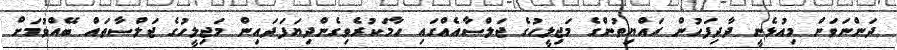
ދަންނަވަން މިއުޅެނީ ދާދިފަހުން ރައްޔިތުންގެ މަޖިލީހުގެ ޖަލްސާއެއްގައި ހާމަކުރެވިގެންދިޔަފަދައިން މަޖިލީހުގެ ޖަލްސާތައް ބޭއްވުމަށް